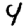
Digit: 4